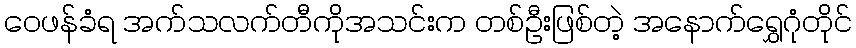
ဝေဖန်ခံရ အက်သလက်တီကိုအသင်းက တစ်ဦးဖြစ်တဲ့ အနောက်ရွှေဂုံတိုင်